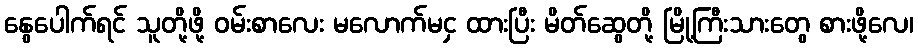
နွေပေါက်ရင် သူတို့ဖို့ ဝမ်းစာလေး မလောက်မငှ ထားပြီး မိတ်ဆွေတို့ မြို့ကြီးသားတွေ စားဖို့လေ၊